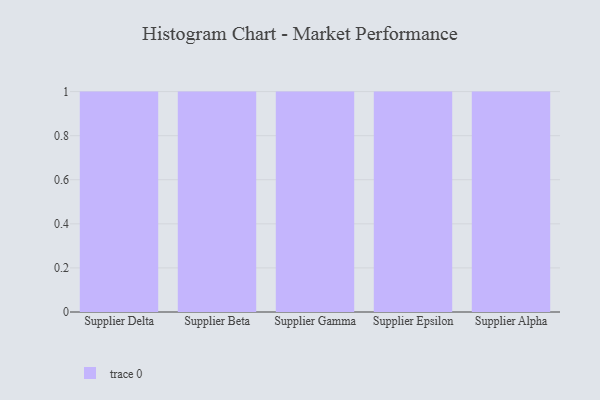
{"axis": {"x": "Supplier", "y": "Bounce Rate (%)"}, "legend": [""], "data": [{"x": "Supplier Delta", "y": 56, "type": ""}, {"x": "Supplier Beta", "y": 13, "type": ""}, {"x": "Supplier Gamma", "y": 40, "type": ""}, {"x": "Supplier Epsilon", "y": 55, "type": ""}, {"x": "Supplier Alpha", "y": 68, "type": ""}]}